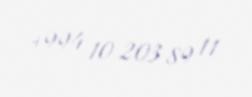
+994 10 203 89 11